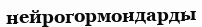
нейрогормондарды